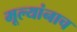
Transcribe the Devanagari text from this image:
मूल्यांनाच